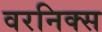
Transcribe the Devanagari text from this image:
वरनिक्स